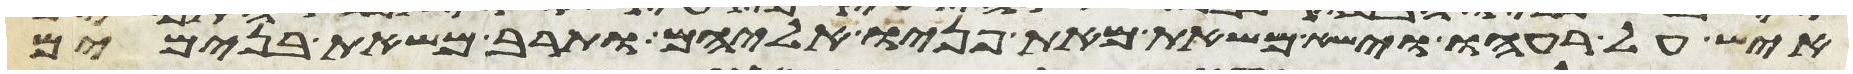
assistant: איש על רעהו וישא משאת מאת פניו אליהם ותרב משאת בנימים